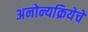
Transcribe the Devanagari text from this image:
अनोन्यक्रियेचे